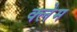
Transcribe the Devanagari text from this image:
क्‍लेम